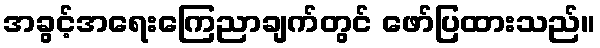
အခွင့်အရေးကြေညာချက်တွင် ဖော်ပြထားသည်။